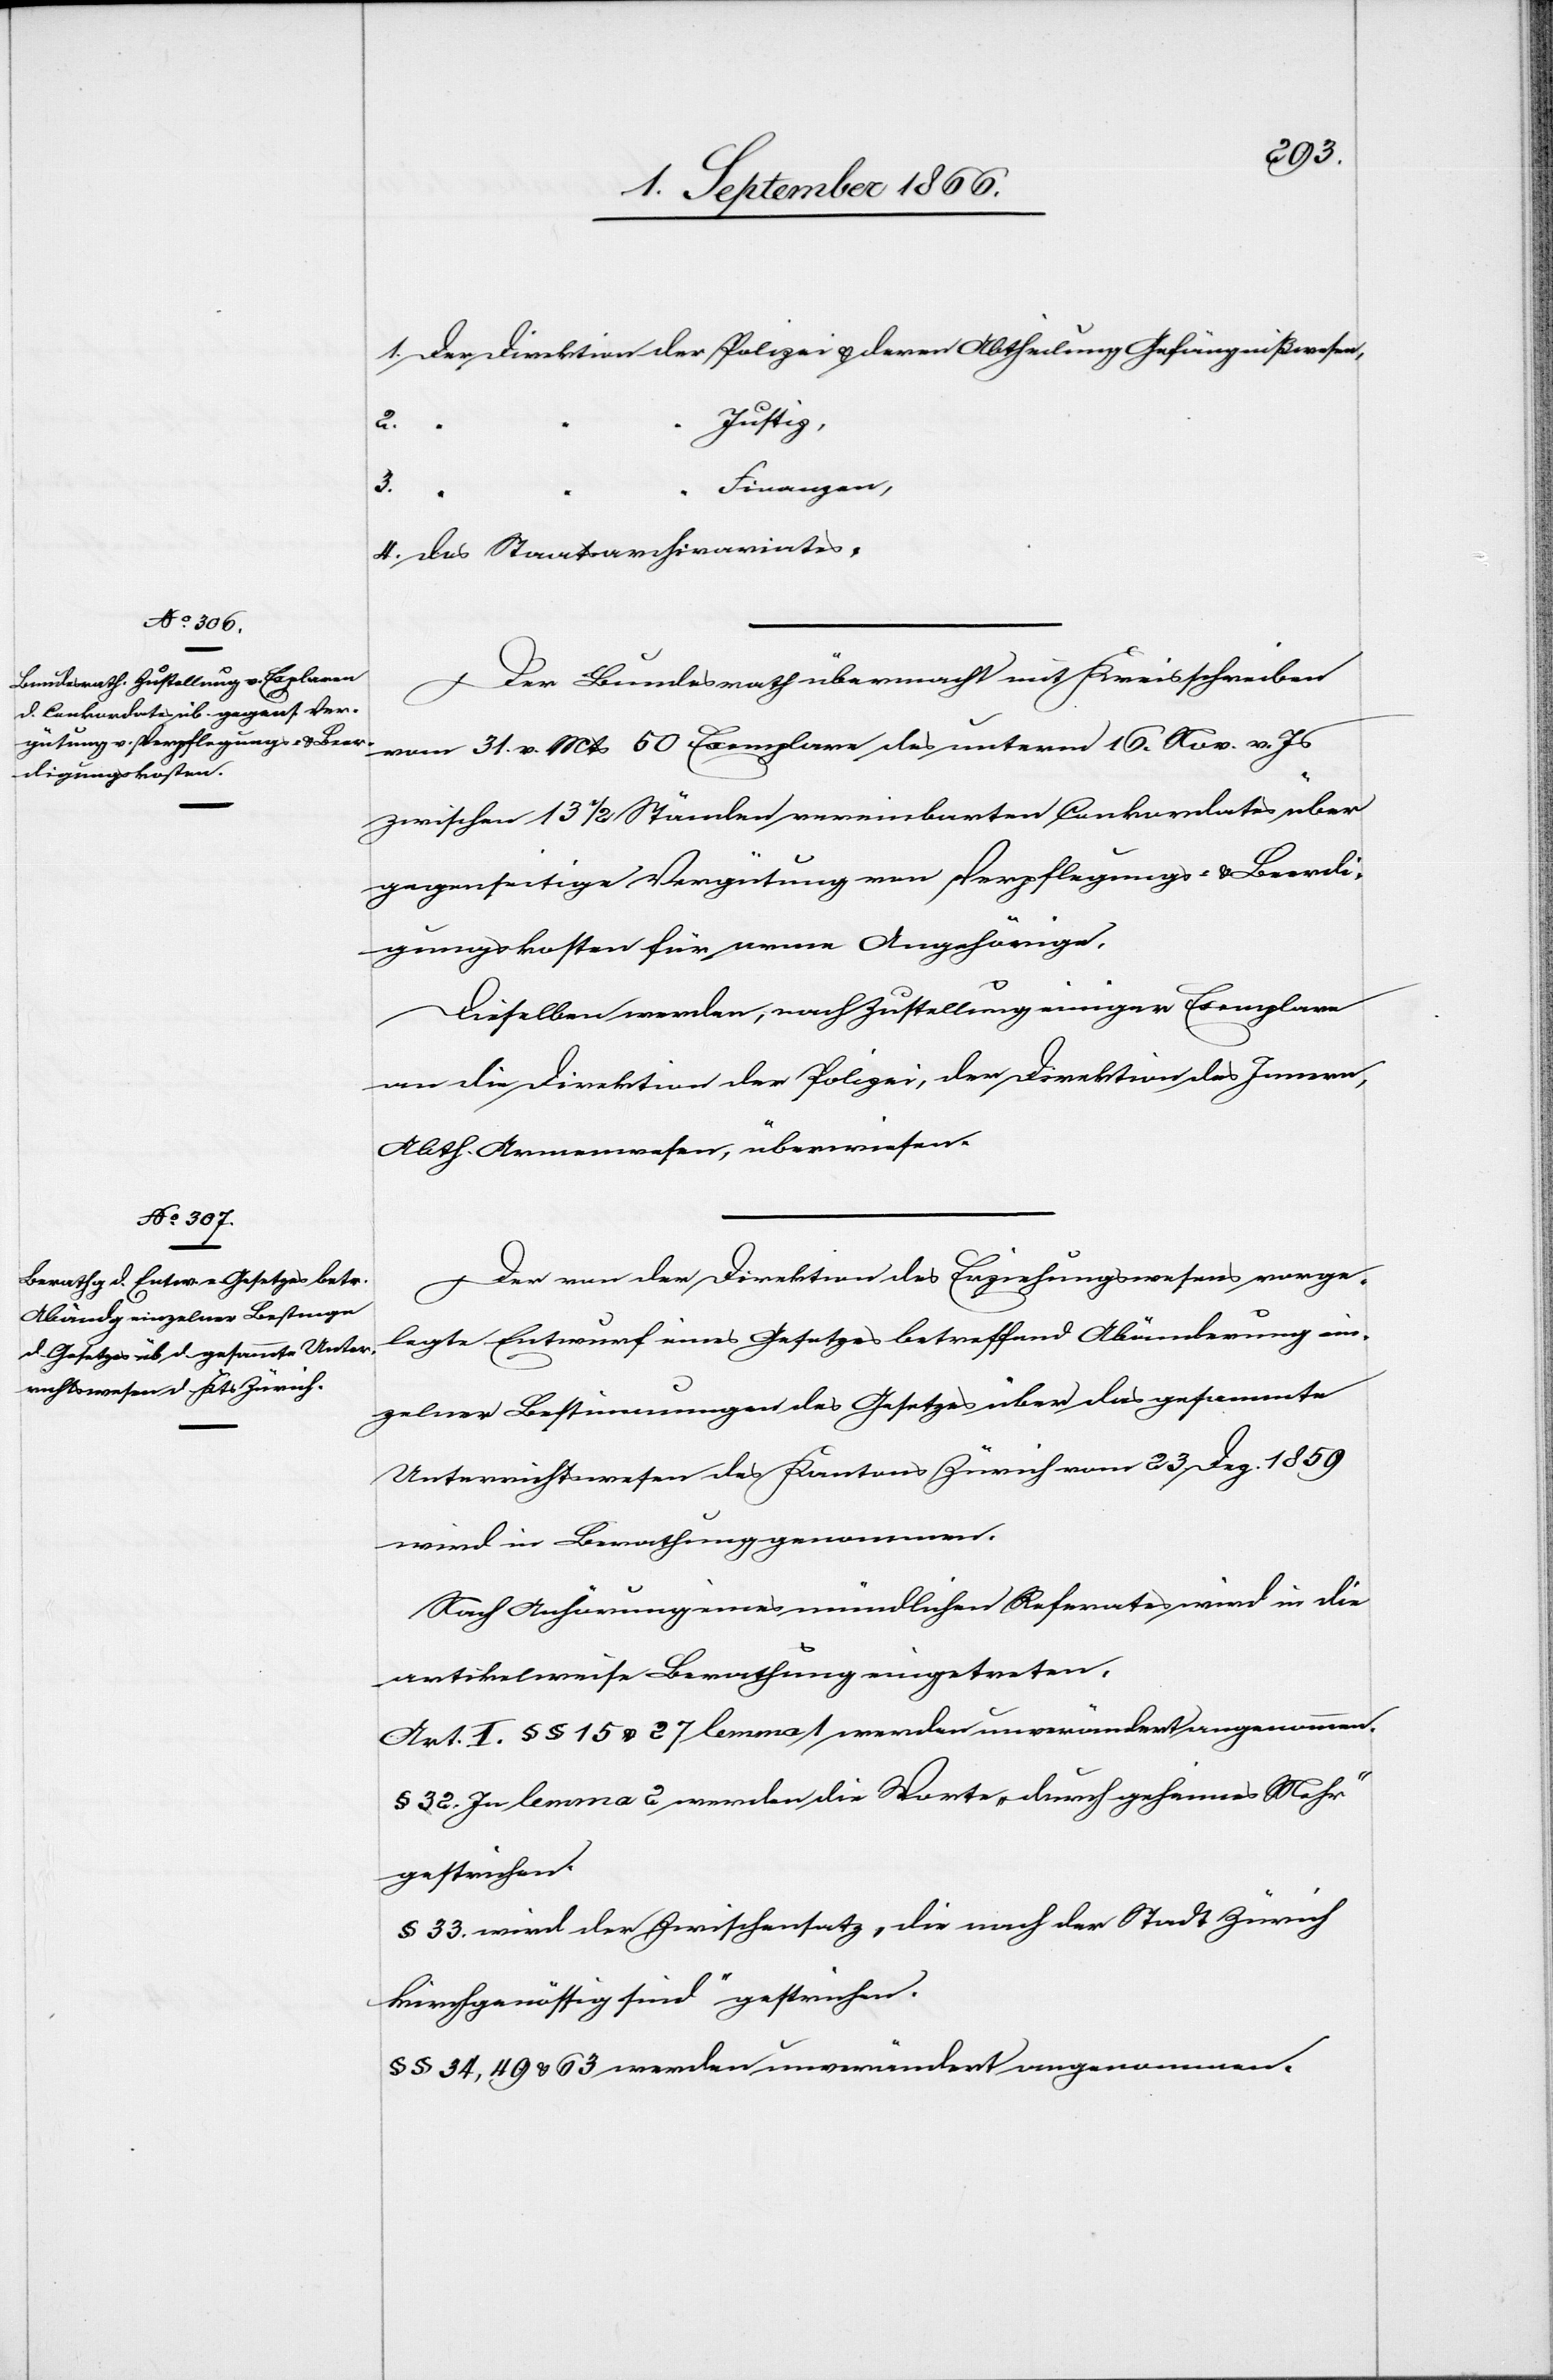
2.
Justiz,
4.
3.
Finanzen,
Des Staatsarchivariates.
Der Bundesrath übermacht mit Kreisschreiben
vom 31. v. Mts 50 Exemplare des unterm 16. Nov. v. Js.
zwischen 13 ½ Ständen vereinbarten Conkordates über
gegenseitige Vergütung von Verpflegungs- u. Beerdi¬
gungskosten für arme Angehörige.
Dieselben werden, nach Zustellung einiger Exemplare
an die Direktion der Polizei, der Direktion des Innern,
Abth. Armenwesen, überwiesen.
Der von der Direktion des Erziehungswesens vorge¬
legte Entwurf eines Gesetzes betreffend Abänderung ein¬
zelner Bestimmungen des Gesetzes über das gesammte
Unterrichtswesen des Kantons Zürich vom 23. Dez. 1859
wird in Berathung genommen.
Nach Anhörung eines mündlichen Referates wird in die
artikelweise Berathung eingetreten.
Art. I. § § 15 u. 27 lemma 1 werden unverändert angenommen.
§ 32. In lemma 2 werden die Worte „durch geheimes Mehr“
gestrichen.
§ 33. wird der Zwischensatz „die nach der Stadt Zürich
kirchgenössig sind“ gestrichen.
§ § 34, 49 u. 63 werden unverändert angenommen.